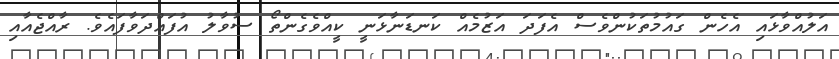
އަލުއްވާޅައި އެހެން ގައުމުތަކުންވެސް އެފަދަ އަޒުމެއް ކަނޑަނާޅަނީ ކީއްވެގެންތޯ ސުވާލު އުފައްދަވާފައެވެ. ރާއްޖެއާއި